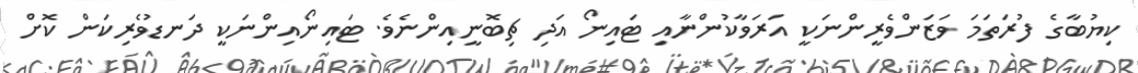
ކިޔުބާގެ ފުރަތަމަ ވަޒަންވެރީންނަކީ އަރަވާކުންނާއި ޓައިނޯ އަދި ޗިބޮނީއިންނެވެ. ޓައިނޯއިންނަކީ ދަނޑުވެރިކަން ކޮށް